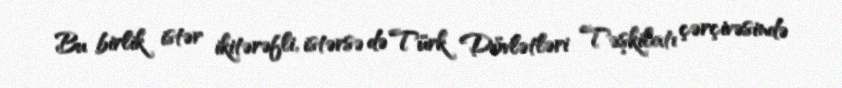
Bu birlik istər ikitərəfli, istərsə də Türk Dövlətləri Təşkilatı çərçivəsində